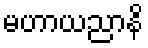
မဟာယညာနိ